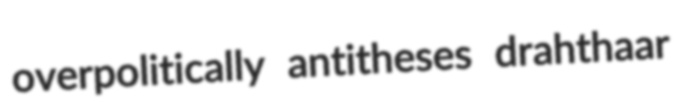
overpolitically antitheses drahthaar